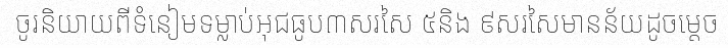
ចូរនិយាយពីទំនៀមទម្លាប់អុជធូប៣សរសៃ ៥និង ៩សរសៃមានន័យដូចម្តេច